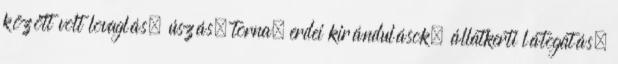
között volt lovaglás, úszás, torna, erdei kirándulások, állatkerti látogatás.